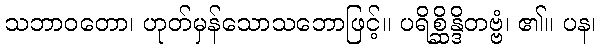
သဘာဝတော၊ ဟုတ်မှန်သောသဘောဖြင့်။ ပရိစ္ဆိန္ဒိတဗ္ဗံ၊ ၏။ ပန၊